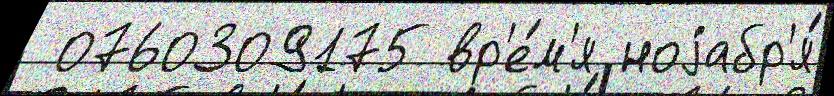
 0760309175 вр'е́м'я ноjабр'я́